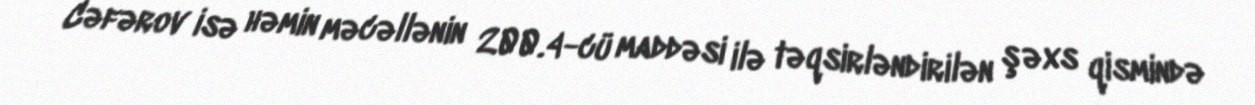
Cəfərov isə həmin məcəllənin 200.4-cü maddəsi ilə təqsirləndirilən şəxs qismində